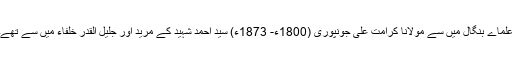
علماے بنگال میں سے مولانا کرامت علی جونپوری (1800ء- 1873ء) سید احمد شہید کے مرید اور جلیل القدر خلفاء میں سے تھے۔